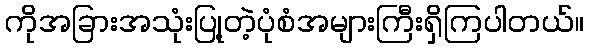
ကိုအခြားအသုံးပြု့တဲ့ပုံစံအများကြီးရှိကြပါတယ်။